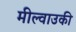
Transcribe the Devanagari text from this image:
मील्वाउकी